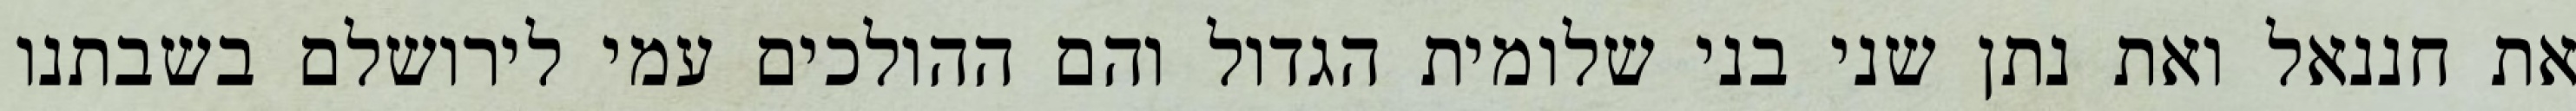
את חננאל ואת נתן שני בני שלומית הגדול והם ההולכים עמי לירושלם בשבתנו